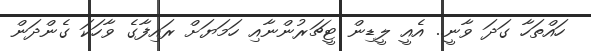
ހައްތަހާ ގަދަ ވާނީ.. އެއީ ލީޑިން ޓީޗަރުންނާއި ހަމަޔަށް ރައިފާގެ ވާހަކަ ގެންދަން